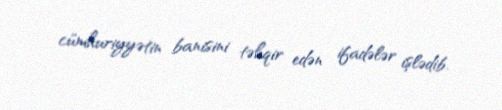
cümhuriyyətin banisini təhqir edən ifadələr işlədib.